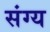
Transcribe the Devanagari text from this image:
संग्य